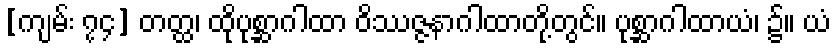
[ကျမ်း ၇၄] တတ္ထ၊ ထိုပုစ္ဆာဂါထာ ဝိဿဇ္ဇနာဂါထာတို့တွင်။ ပုစ္ဆာဂါထာယံ၊ ၌။ ယံ